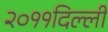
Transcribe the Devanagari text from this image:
२०११दिल्ली